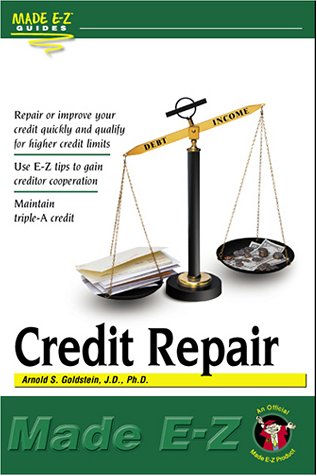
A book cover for Credit Repair Made E-Z (Made E-Z Guides); Made E-Z; Law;